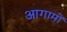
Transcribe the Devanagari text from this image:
आगामों